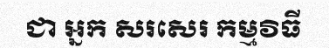
ជា អ្នក សរសេរ កម្មវិធី